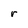
Character: r